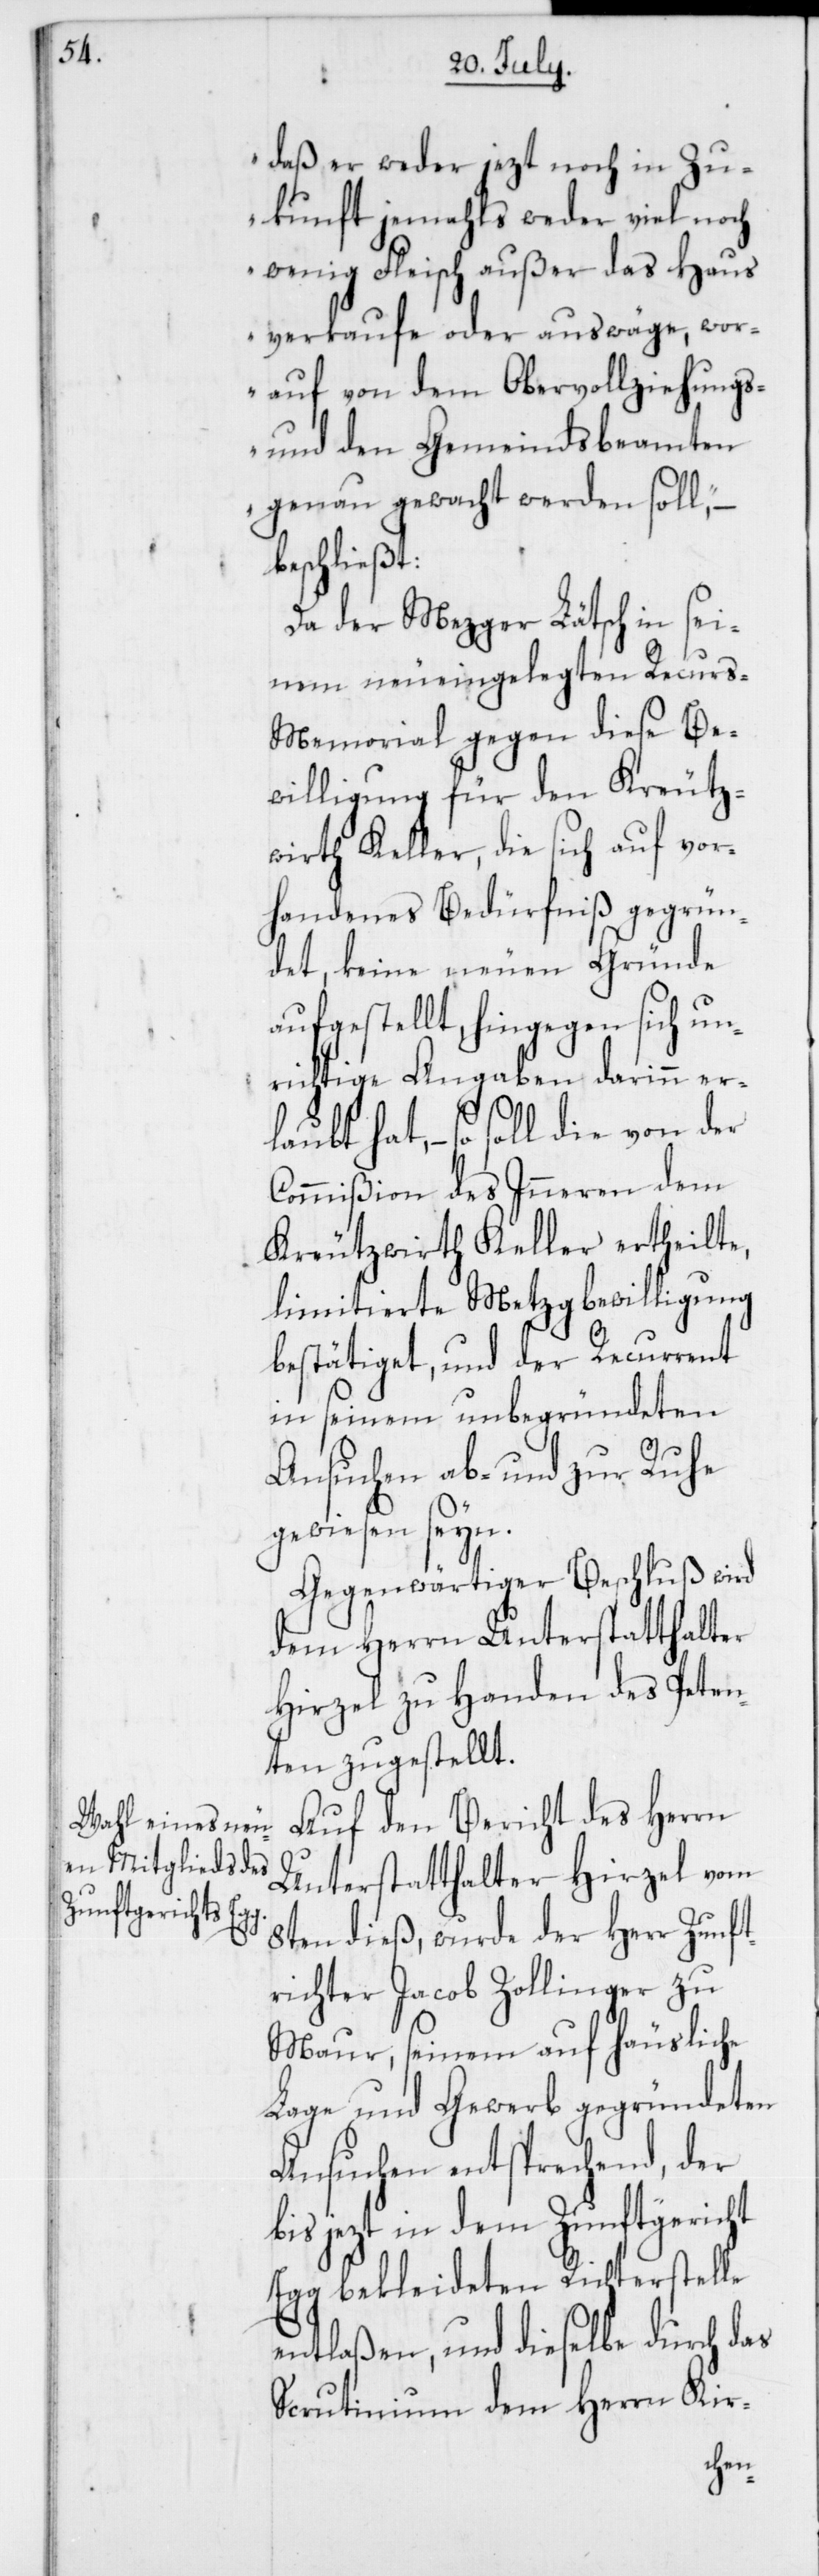
daß er weder jezt noch in Zu¬
kunft jemahls weder viel noch
wenig Fleisch außer das Haus
verkaufe oder auswäge, wor¬
auf von dem Obervollziehungs-
und den Gemeindsbeamten
genau gewacht werden soll,“
beschließt:
Da der Mezger Lätsch in sei¬
nem neueingelegten Recurs-M¬
emorial gegen diese Be¬
willigung für den Kreutz¬
wirth Keller, die sich auf vor¬
handenes Bedürfniß gegrün¬
det, keine neuen Gründe
aufgestellt, hingegen sich un¬
richtige Angaben darin er¬
laubt hat, – so soll die von der
Commißion des Inneren dem
Kreutzwirt Keller ertheilte,
limitierte Metzgbewilligung
bestätiget, und der Recurrent
in seinem unbegründeten
Ansuchen ab- und zur Ruhe
gewiesen seyn.
Gegenwärtiger Beschluß wird
dem Herrn Unterstatthalter
Hirzel zu Handen des Peten¬
ten zugestellt.
Auf den Bericht des Herrn
Unterstatthalter Hirzel vom
8ten dieß, wurde der Herr Zunft¬
richter Jacob Zollinger zu
Maur, seinem auf häusliche
Lage und Gewerb gegründeten
Ansuchen entsprechend, der
bis jezt in dem Zunftgericht
Egg bekleideten Richterstelle
entlaßen, und dieselbe durch das
Scrutinium dem Herrn Kir-